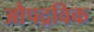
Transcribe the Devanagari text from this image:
औपद्रविक